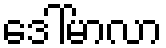
ဒေါ်မာလာ